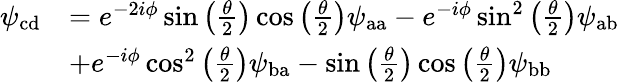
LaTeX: \begin{array}{rl}{\psi_{\mathrm{cd}}}&{=e^{-2i\phi}\sin\left(\frac{\theta}{2}\right)\cos\left(\frac{\theta}{2}\right)\psi_{\mathrm{aa}}-e^{-i\phi}\sin^{2}\left(\frac{\theta}{2}\right)\psi_{\mathrm{ab}}}\\ &{+e^{-i\phi}\cos^{2}\left(\frac{\theta}{2}\right)\psi_{\mathrm{ba}}-\sin\left(\frac{\theta}{2}\right)\cos\left(\frac{\theta}{2}\right)\psi_{\mathrm{bb}}}\end{array}